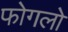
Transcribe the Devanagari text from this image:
फोगलो